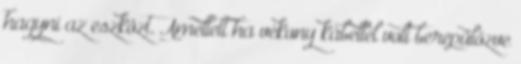
hagyni az eszközt. Amellett ha vékony kábellel volt berepülőzve